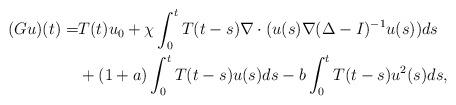
LaTeX: \begin{align*}(Gu)(t)=& T(t)u_{0} +\chi\int_{0}^{t} T(t-s)\nabla\cdot ( u(s) \nabla (\Delta-I)^{-1}u(s))ds\\& +(1+a)\int_{0}^{t} T(t-s)u(s)ds-b\int_{0}^{t} T(t-s)u^{2}(s)ds,\end{align*}